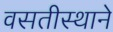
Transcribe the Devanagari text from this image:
वसतीस्थाने